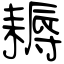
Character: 耨